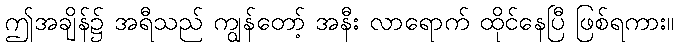
ဤအချိန်၌ အရီသည် ကျွန်တော့် အနီး လာရောက် ထိုင်နေပြီ ဖြစ်ရကား။